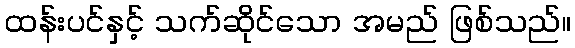
ထန်းပင်နှင့် သက်ဆိုင်သော အမည် ဖြစ်သည်။